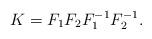
LaTeX: \begin{align*}K=F_1 F_2 F^{-1}_1 F^{-1}_2.\end{align*}